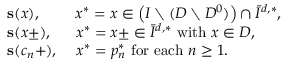
\begin{array} { r l } & { \mathbf { s } ( x ) , \quad \quad \; x ^ { * } = x \in \left( I \setminus ( D \setminus D ^ { 0 } ) \right) \cap \bar { I } ^ { d , * } , } \\ & { \mathbf { s } ( x \pm ) , \quad \; \; x ^ { * } = x \pm \in \bar { I } ^ { d , * } \mathrm { ~ w i t h ~ } x \in D , } \\ & { \mathbf { s } ( c _ { n } + ) , \quad \, x ^ { * } = p _ { n } ^ { * } \mathrm { ~ f o r ~ e a c h ~ } n \geq 1 . } \end{array}